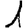
Digit: 1